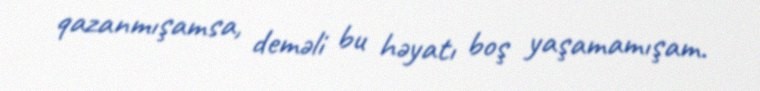
qazanmışamsa, deməli bu həyatı boş yaşamamışam.